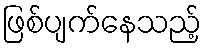
ဖြစ်ပျက်နေသည့်